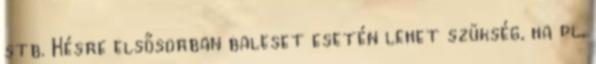
stb. Késre elsősorban baleset esetén lehet szükség, ha pl.